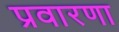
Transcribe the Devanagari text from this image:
प्रवारणा